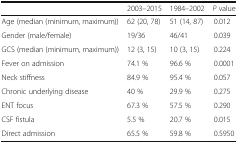
<table><thead><tr><td>[EMPTY_CELL]</td><td><b>2003–2015</b></td><td><b>1984–2002</b></td><td><b><i>P</i> value</b></td></tr></thead><tbody><tr><td>Age (median (minimum, maximum))</td><td>62 (20, 78)</td><td>51 (14, 87)</td><td>0.012</td></tr><tr><td>Gender (male/female)</td><td>19/36</td><td>46/41</td><td>0.039</td></tr><tr><td>GCS (median (minimum, maximum))</td><td>12 (3, 15)</td><td>10 (3, 15)</td><td>0.224</td></tr><tr><td>Fever on admission</td><td>74.1 %</td><td>96.6 %</td><td>0.0001</td></tr><tr><td>Neck stiffness</td><td>84.9 %</td><td>95.4 %</td><td>0.057</td></tr><tr><td>Chronic underlying disease</td><td>40 %</td><td>29.9 %</td><td>0.275</td></tr><tr><td>ENT focus</td><td>67.3 %</td><td>57.5 %</td><td>0.290</td></tr><tr><td>CSF fistula</td><td>5.5 %</td><td>20.7 %</td><td>0.015</td></tr><tr><td>Direct admission</td><td>65.5 %</td><td>59.8 %</td><td>0.5950</td></tr></tbody></table>